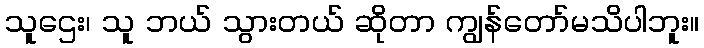
သူဌေး၊ သူ ဘယ် သွားတယ် ဆိုတာ ကျွန်တော်မသိပါဘူး။